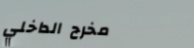
مخرج الداخلي